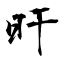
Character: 旰